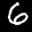
Label: 6